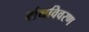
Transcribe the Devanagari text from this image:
ग्रंथविवरण